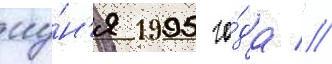
иу́н'я 1995 го́да //